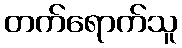
တက်ရောက်သူ